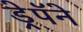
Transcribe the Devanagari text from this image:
ड्रेपॅने